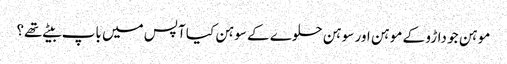
موہن جو داڑو کے موہن اور سوہن حلوے کے سوہن کیا آپس میں باپ بیٹے تھے؟